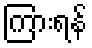
ကြားရန်